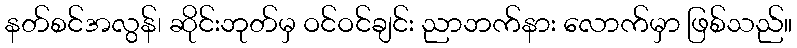
နတ်စင်အလွန်၊ ဆိုင်းဘုတ်မှ ဝင်ဝင်ချင်း ညာဘက်နား လောက်မှာ ဖြစ်သည်။